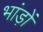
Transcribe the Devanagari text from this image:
भांड़ों